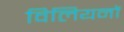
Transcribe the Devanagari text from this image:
विलियनों